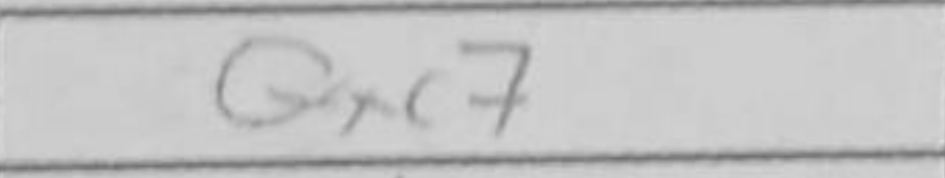
Transcription: Qxc7